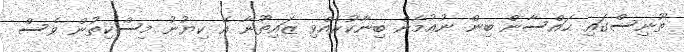
ތޫނިސްގައި ޙައްސާން ބިން ނުޢުމާން ބިނާކުރެއްވި ޒައިތޫނާ އޭ ކިޔުނު މިސްކިތުން ވެސް